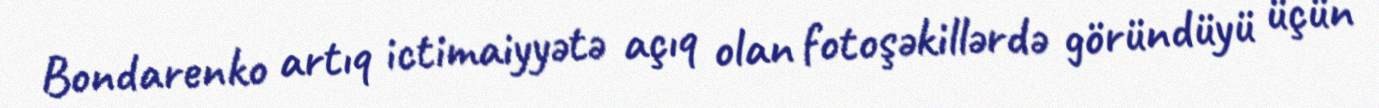
Bondarenko artıq ictimaiyyətə açıq olan fotoşəkillərdə göründüyü üçün